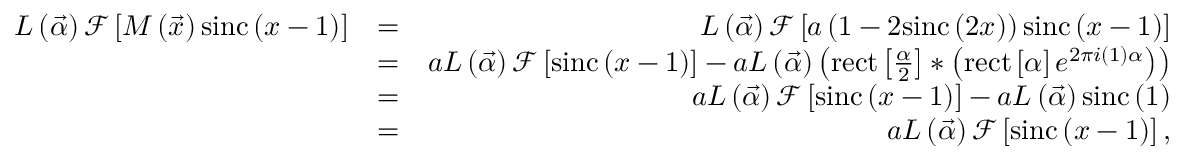
\begin{array} { r l r } { L \left( \vec { \alpha } \right) \mathcal { F } \left[ M \left( \vec { x } \right) \mathrm { s i n c } \left( x - 1 \right) \right] } & { = } & { L \left( \vec { \alpha } \right) \mathcal { F } \left[ a \left( 1 - 2 \mathrm { s i n c } \left( 2 x \right) \right) \mathrm { s i n c } \left( x - 1 \right) \right] } \\ & { = } & { a L \left( \vec { \alpha } \right) \mathcal { F } \left[ \mathrm { s i n c } \left( x - 1 \right) \right] - a L \left( \vec { \alpha } \right) \left( \mathrm { r e c t } \left[ \frac { \alpha } { 2 } \right] \ast \left( \mathrm { r e c t } \left[ \alpha \right] e ^ { 2 \pi i \left( 1 \right) \alpha } \right) \right) } \\ & { = } & { a L \left( \vec { \alpha } \right) \mathcal { F } \left[ \mathrm { s i n c } \left( x - 1 \right) \right] - a L \left( \vec { \alpha } \right) \mathrm { s i n c } \left( 1 \right) } \\ & { = } & { a L \left( \vec { \alpha } \right) \mathcal { F } \left[ \mathrm { s i n c } \left( x - 1 \right) \right] , } \end{array}